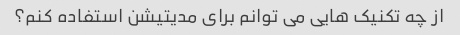
از چه تکنیک هایی می توانم برای مدیتیشن استفاده کنم؟